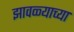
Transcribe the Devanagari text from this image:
झावळ्याच्या